Indian journal of veterinary science and animal husbandry - Volumes 18-21, 1948-1951
Year: 1948
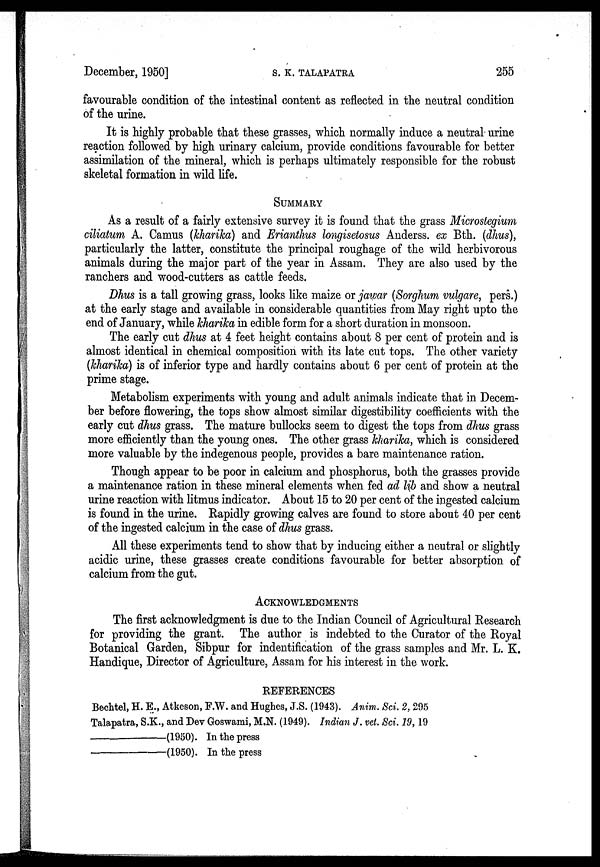
December, 1950]
S.
K.
TALAPATRA
255
favourable condition of the intestinal content as reflected in the neutral condition
of the urine.
It is highly probable that these grasses, which normally induce a neutral urine
reaction followed by high urinary calcium, provide conditions favourable for better
assimilation of the mineral, which is perhaps ultimately responsible for the robust
skeletal formation in wild life.
SUMMARY
As a result of a fairly extensive survey it is found that the grass Microstegium
ciliatum A. Camus (kharika) and Erianthus longisetosus Anderss. ex Bth. (dhus),
particularly the latter, constitute the principal roughage of the wild herbivorous
animals during the major part of the year in Assam. They are also used by the
ranchers and wood-cutters as cattle feeds.
Dhus is a tall growing grass, looks like maize or jawar (Sorghum vulgare, pers.)
at the early stage and available in considerable quantities from May right upto the
end of January, while kharika in edible form for a short duration in monsoon.
The early cut dhus at 4 feet height contains about 8 per cent of protein and is
almost identical in chemical composition with its late cut tops. The other variety
(kharika) is of inferior type and hardly contains about 6 per cent of protein at the
prime stage.
Metabolism experiments with young and adult animals indicate that in Decem-
ber before flowering, the tops show almost similar digestibility coefficients with the
early cut dhus grass. The mature bullocks seem to digest the tops from dhus grass
more efficiently than the young ones. The other grass kharika, which is considered
more valuable by the indegenous people, provides a bare maintenance ration.
Though appear to be poor in calcium and phosphorus, both the grasses provide
a maintenance ration in these mineral elements when fed ad lib and show a neutral
urine reaction with litmus indicator. About 15 to 20 per cent of the ingested calcium
is found in the urine. Rapidly growing calves are found to store about 40 per cent
of the ingested calcium in the case of dhus grass.
All these experiments tend to show that by inducing either a neutral or slightly
acidic urine, these grasses create conditions favourable for better absorption of
calcium from the gut.
ACKNOWLEDGEMENTS
The first acknowledgment is due to the Indian Council of Agricultural Research
for providing the grant. The author is indebted to the Curator of the Royal
Botanical Garden, Sibpur for indentification of the grass samples and Mr. L. K.
Handique, Director of Agriculture, Assam for his interest in the work.
REFERENCES
Bechtel, H. E., Atkeson, F.W. and Hughes, J.S. (1943). Anim. Sci. 2, 295
Talapatra, S.K., and Dev Goswami, M.N. (1949). Indian J. vet. Sci. 19, 19
——(1950).
In the press
——(1950).
In the press